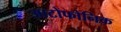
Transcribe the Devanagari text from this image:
आटोफोनिक